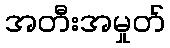
အတီးအမှုတ်